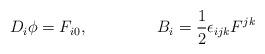
LaTeX: \begin{align*}D_{i}\phi =F_{i0},\;\;\;\;\;\;\;\;\;\;\;\;\;\;\;B_{i}=\frac{1}{2}\epsilon_{ijk}F^{jk}\end{align*}